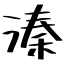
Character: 溱